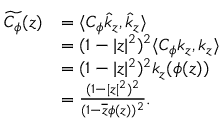
\begin{array} { r l } { \widetilde { C _ { \phi } } ( z ) } & { = \langle C _ { \phi } \hat { k } _ { z } , \hat { k } _ { z } \rangle } \\ & { = ( 1 - | z | ^ { 2 } ) ^ { 2 } \langle C _ { \phi } { k _ { z } } , { k _ { z } } \rangle } \\ & { = ( 1 - | z | ^ { 2 } ) ^ { 2 } k _ { z } ( \phi ( z ) ) } \\ & { = \frac { ( 1 - | z | ^ { 2 } ) ^ { 2 } } { ( 1 - \overline { { z } } \phi ( z ) ) ^ { 2 } } . } \end{array}